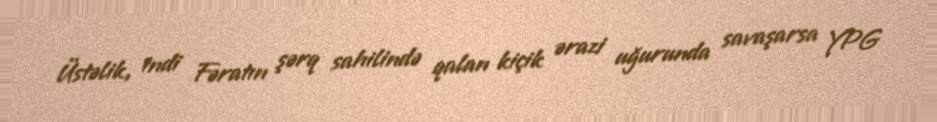
Üstəlik, indi Fəratın şərq sahilində qalan kiçik ərazi uğurunda savaşarsa YPG